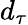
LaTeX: d_{\tau}